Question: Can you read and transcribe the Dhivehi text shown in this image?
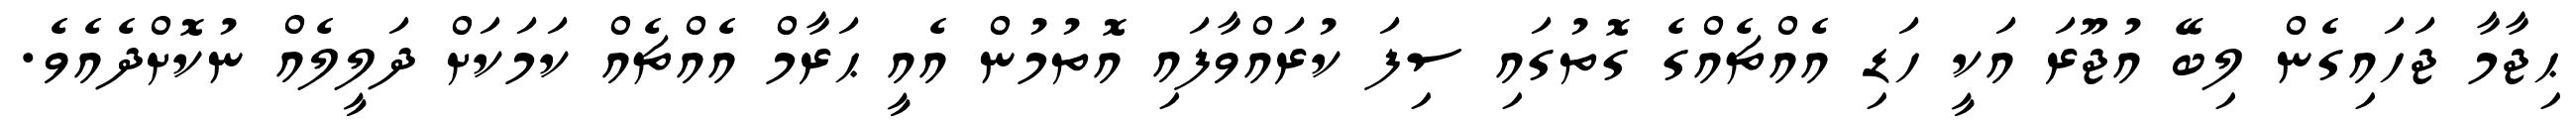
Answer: ޙިޖާމާ ޖަހައިގެން ލިބޭ އުޖޫރަ އަކީ ހަޑި އެއްޗެއްގެ ގޮތުގައި ސިފަ ކުރައްވާފައި އޮތުމުން އެއީ ޙަރާމް އެއްޗެއް ކަމަކަށް ދަލީލެއް ނުކޮށްދެއެވެ.